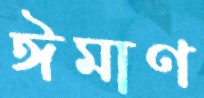
ঈমাণ